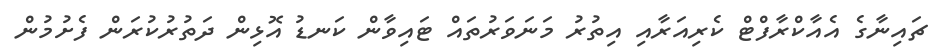
ޗައިނާގެ އެއާކްރާފްޓް ކެރިއަރާއި އިތުރު މަނަވަރުތައް ޓައިވާން ކަނޑު އޮޅިން ދަތުރުކުރަން ފެށުމުން